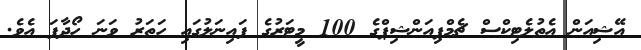
އޭޝިއަން އެތުލެޓިކްސް ޗެމްޕިއަންޝިޕްގެ 100 މީޓަރުގެ ފައިނަލުގައި ހަތަރު ވަނަ ހޯދާފަ އެވެ.